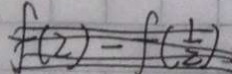
f ( 2 ) - f ( \frac { 1 } { 2 } )